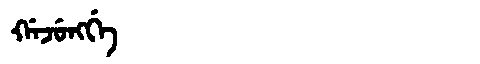
Manchu: ᡤᠠᠵᡠᠩᡤᡝ
Romanization: GAJUNGGE